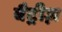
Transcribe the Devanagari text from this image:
बैट्रीज़